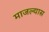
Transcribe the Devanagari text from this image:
माजल्यास